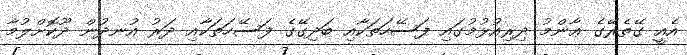
އެއީ ގޭތެރޭގެ ޢާންމު ދިރިއުޅުމުގައި ފަސޭހަތަކާއި ބަދިގޭގެ ފަސޭހަތަކާއި ދަރު އުނދުން ދޫކޮށްލުމާ